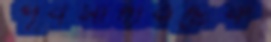
পূর্বমাদারটেক